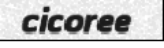
cicoree